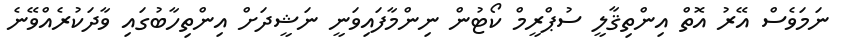
ނަމަވެސް އޭރު އޮތް އިންތިޤާލީ ސުޕްރީމް ކޯޓުން ނިންމާފައިވަނީ ނަޝީދަށް އިންތިހާބުގައި ވާދަކުރެއްވޭނެ